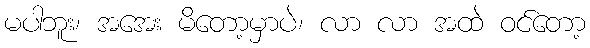
မပါဘူး၊ အအေး မိတော့မှာပဲ၊ လာ လာ အထဲ ဝင်တော့